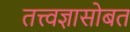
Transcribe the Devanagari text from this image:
तत्त्वज्ञासोबत